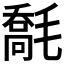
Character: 𣯹